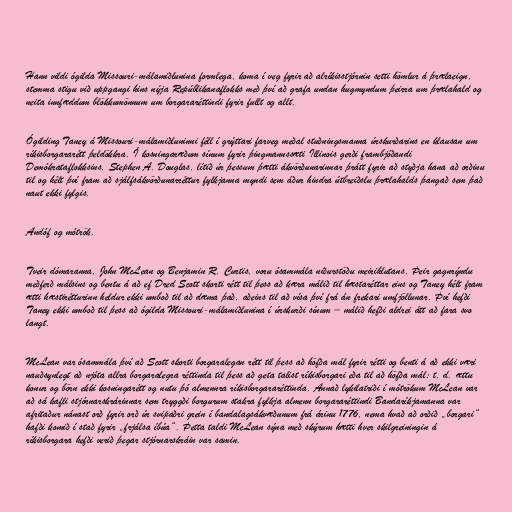
Hann vildi ógilda Missouri-málamiðlunina formlega, koma í veg fyrir að alríkisstjórnin setti hömlur á þrælaeign,
stemma stigu við uppgangi hins nýja Repúblikanaflokks með því að grafa undan hugmyndum þeirra um þrælahald og
neita innfæddum blökkumönnum um borgararéttindi fyrir fullt og allt.

Ógilding Taney á Missouri-málamiðluninni féll í grýttari farveg meðal stuðningsmanna úrskurðarins en klausan um
ríkisborgararétt þeldökkra. Í kosningaræðum sínum fyrir þingmannssæti Illinois gerði frambjóðandi
Demókrataflokksins, Stephen A. Douglas, lítið úr þessum þætti ákvörðunarinnar þrátt fyrir að styðja hana að orðinu
til og hélt því fram að sjálfsákvörðunarréttur fylkjanna myndi sem áður hindra útbreiðslu þrælahalds þangað sem það
naut ekki fylgis.

Andóf og mótrök.

Tveir dómaranna, John McLean og Benjamin R. Curtis, voru ósammála niðurstöðu meirihlutans. Þeir gagnrýndu
meðferð málsins og bentu á að ef Dred Scott skorti rétt til þess að kæra málið til hæstaréttar eins og Taney hélt fram
ætti hæstirétturinn heldur ekki umboð til að dæma það, aðeins til að vísa því frá án frekari umfjöllunar. Því hefði
Taney ekki umboð til þess að ógilda Missouri-málamiðlunina í úrskurði sínum – málið hefði aldrei átt að fara svo
langt.

McLean var ósammála því að Scott skorti borgaralegan rétt til þess að höfða mál fyrir rétti og benti á að ekki væri
nauðsynlegt að njóta allra borgaralegra réttinda til þess að geta talist ríkisborgari eða til að höfða mál; t. d. ættu
konur og börn ekki kosningarétt og nutu þó almennra ríkisborgararéttinda. Annað lykilatriði í mótrökum McLean var
að sá kafli stjórnarskrárinnar sem tryggði borgurum stakra fylkja almenn borgararéttindi Bandaríkjamanna var
afritaður nánast orð fyrir orð úr svipaðri grein í bandalagsákvæðunum frá árinu 1776, nema hvað að orðið „borgari“
hafði komið í stað fyrir „frjálsa íbúa“. Þetta taldi McLean sýna með skýrum hætti hver skilgreiningin á
ríkisborgara hefði verið þegar stjórnarskráin var samin.